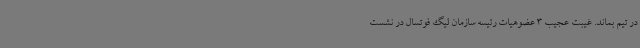
در تیم بماند. غیبت عجیب 3 عضوهیات رئیسه سازمان لیگ فوتسال در نشست